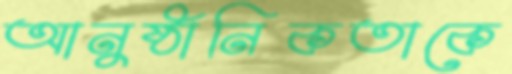
আনুষ্ঠানিকতাকে